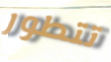
تتطور